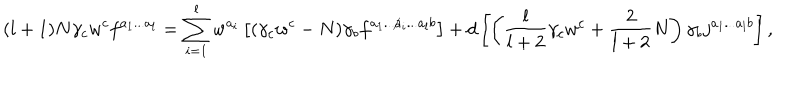
( l + 1 ) N \gamma _ { c } w ^ { c } f ^ { a _ { 1 } . . . a _ { l } } = \sum _ { i = 1 } ^ { l } w ^ { a _ { i } } \left[ ( \gamma _ { c } w ^ { c } - N ) \gamma _ { b } f ^ { a _ { 1 } . . . { \not a _ { i } } . . . a _ { l } b } \right] + d \left[ \left( \frac { l } { l + 2 } \gamma _ { c } w ^ { c } + \frac { 2 } { l + 2 } N \right) \gamma _ { b } j ^ { a _ { 1 } . . . a _ { l } b } \right] ,